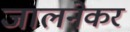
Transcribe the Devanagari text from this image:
जालनेकर